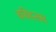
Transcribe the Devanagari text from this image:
कविवत्सल